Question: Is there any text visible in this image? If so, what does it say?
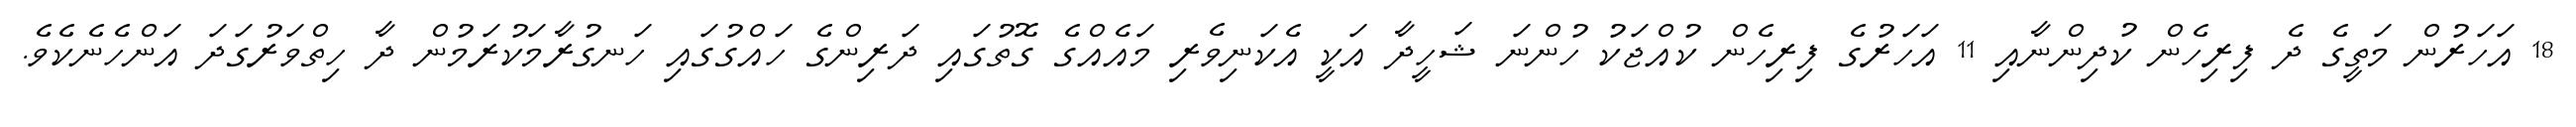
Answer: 18 އަހަރުން މަތީގެ ދެ ފިރިހެން ކުދިންނާއި 11 އަހަރުގެ ފިރިހެން ކުއްޖަކު ހުންނަ ޝަހީދާ އަކީ އެކަނިވެރި މައެއްގެ ގޮތުގައި ދަރިންގެ ހައްގުގައި ހަނގުރާމަކުރަމުން ދާ ހިތްވަރުގަދަ އަންހެނެކެވެ.